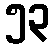
၅၃